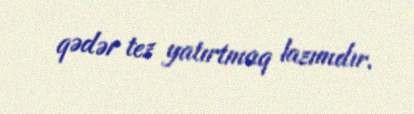
qədər tez yatırtmaq lazımdır.